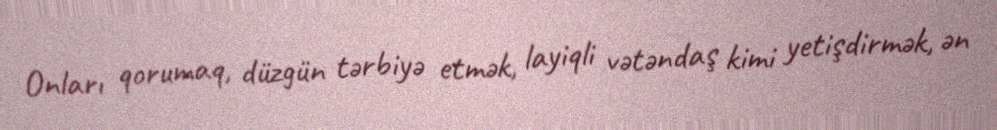
Onları qorumaq, düzgün tərbiyə etmək, layiqli vətəndaş kimi yetişdirmək, ən